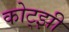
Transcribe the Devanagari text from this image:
कोट्झी